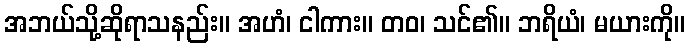
အဘယ်သို့ဆိုရာသနည်း။ အဟံ၊ ငါကား။ တဝ၊ သင်၏။ ဘရိယံ၊ မယားကို။